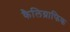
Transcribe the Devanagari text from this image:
कैलिग्राफिक